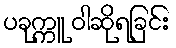
ပခုက္ကူ ဝါဆိုရခြင်း